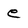
Character: e